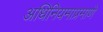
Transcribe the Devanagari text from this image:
अधिनियमाप्रमाणे